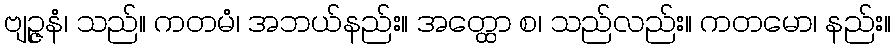
ဗျဉ္ဇနံ၊ သည်။ ကတမံ၊ အဘယ်နည်း။ အတ္ထော စ၊ သည်လည်း။ ကတမော၊ နည်း။